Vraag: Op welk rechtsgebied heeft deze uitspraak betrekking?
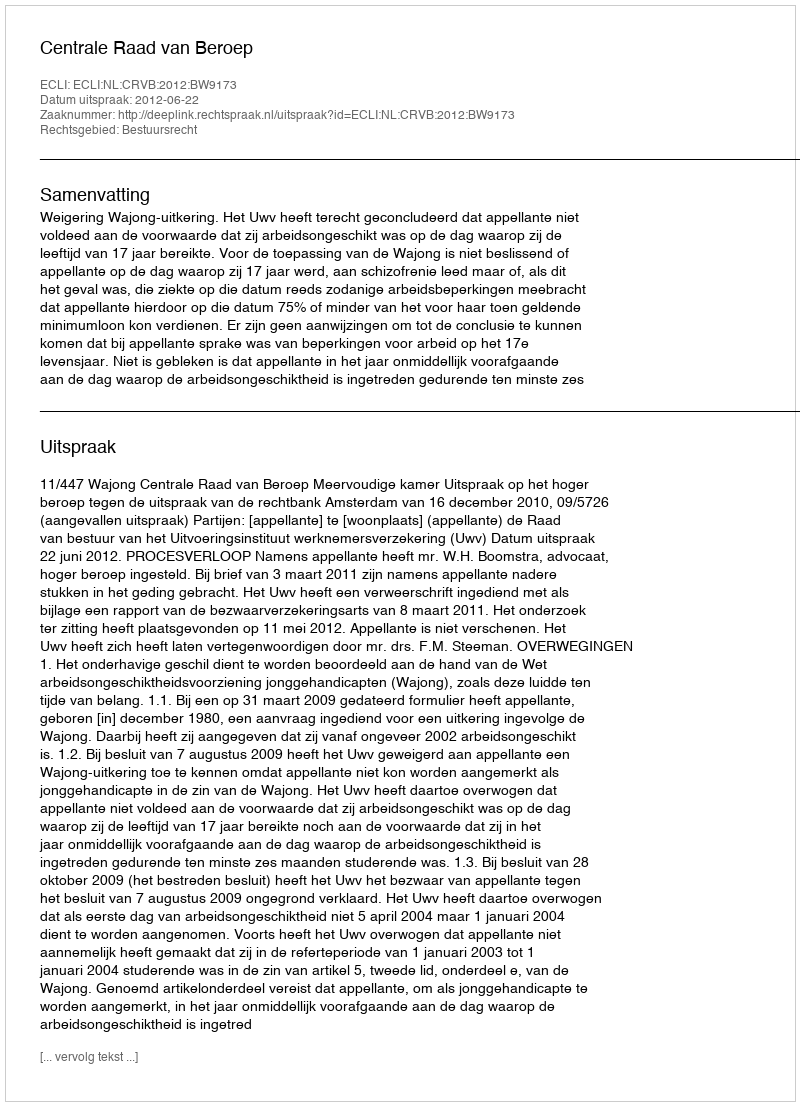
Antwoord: Bestuursrecht